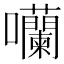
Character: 囒